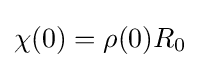
\chi (0)=\rho (0)R_{0}